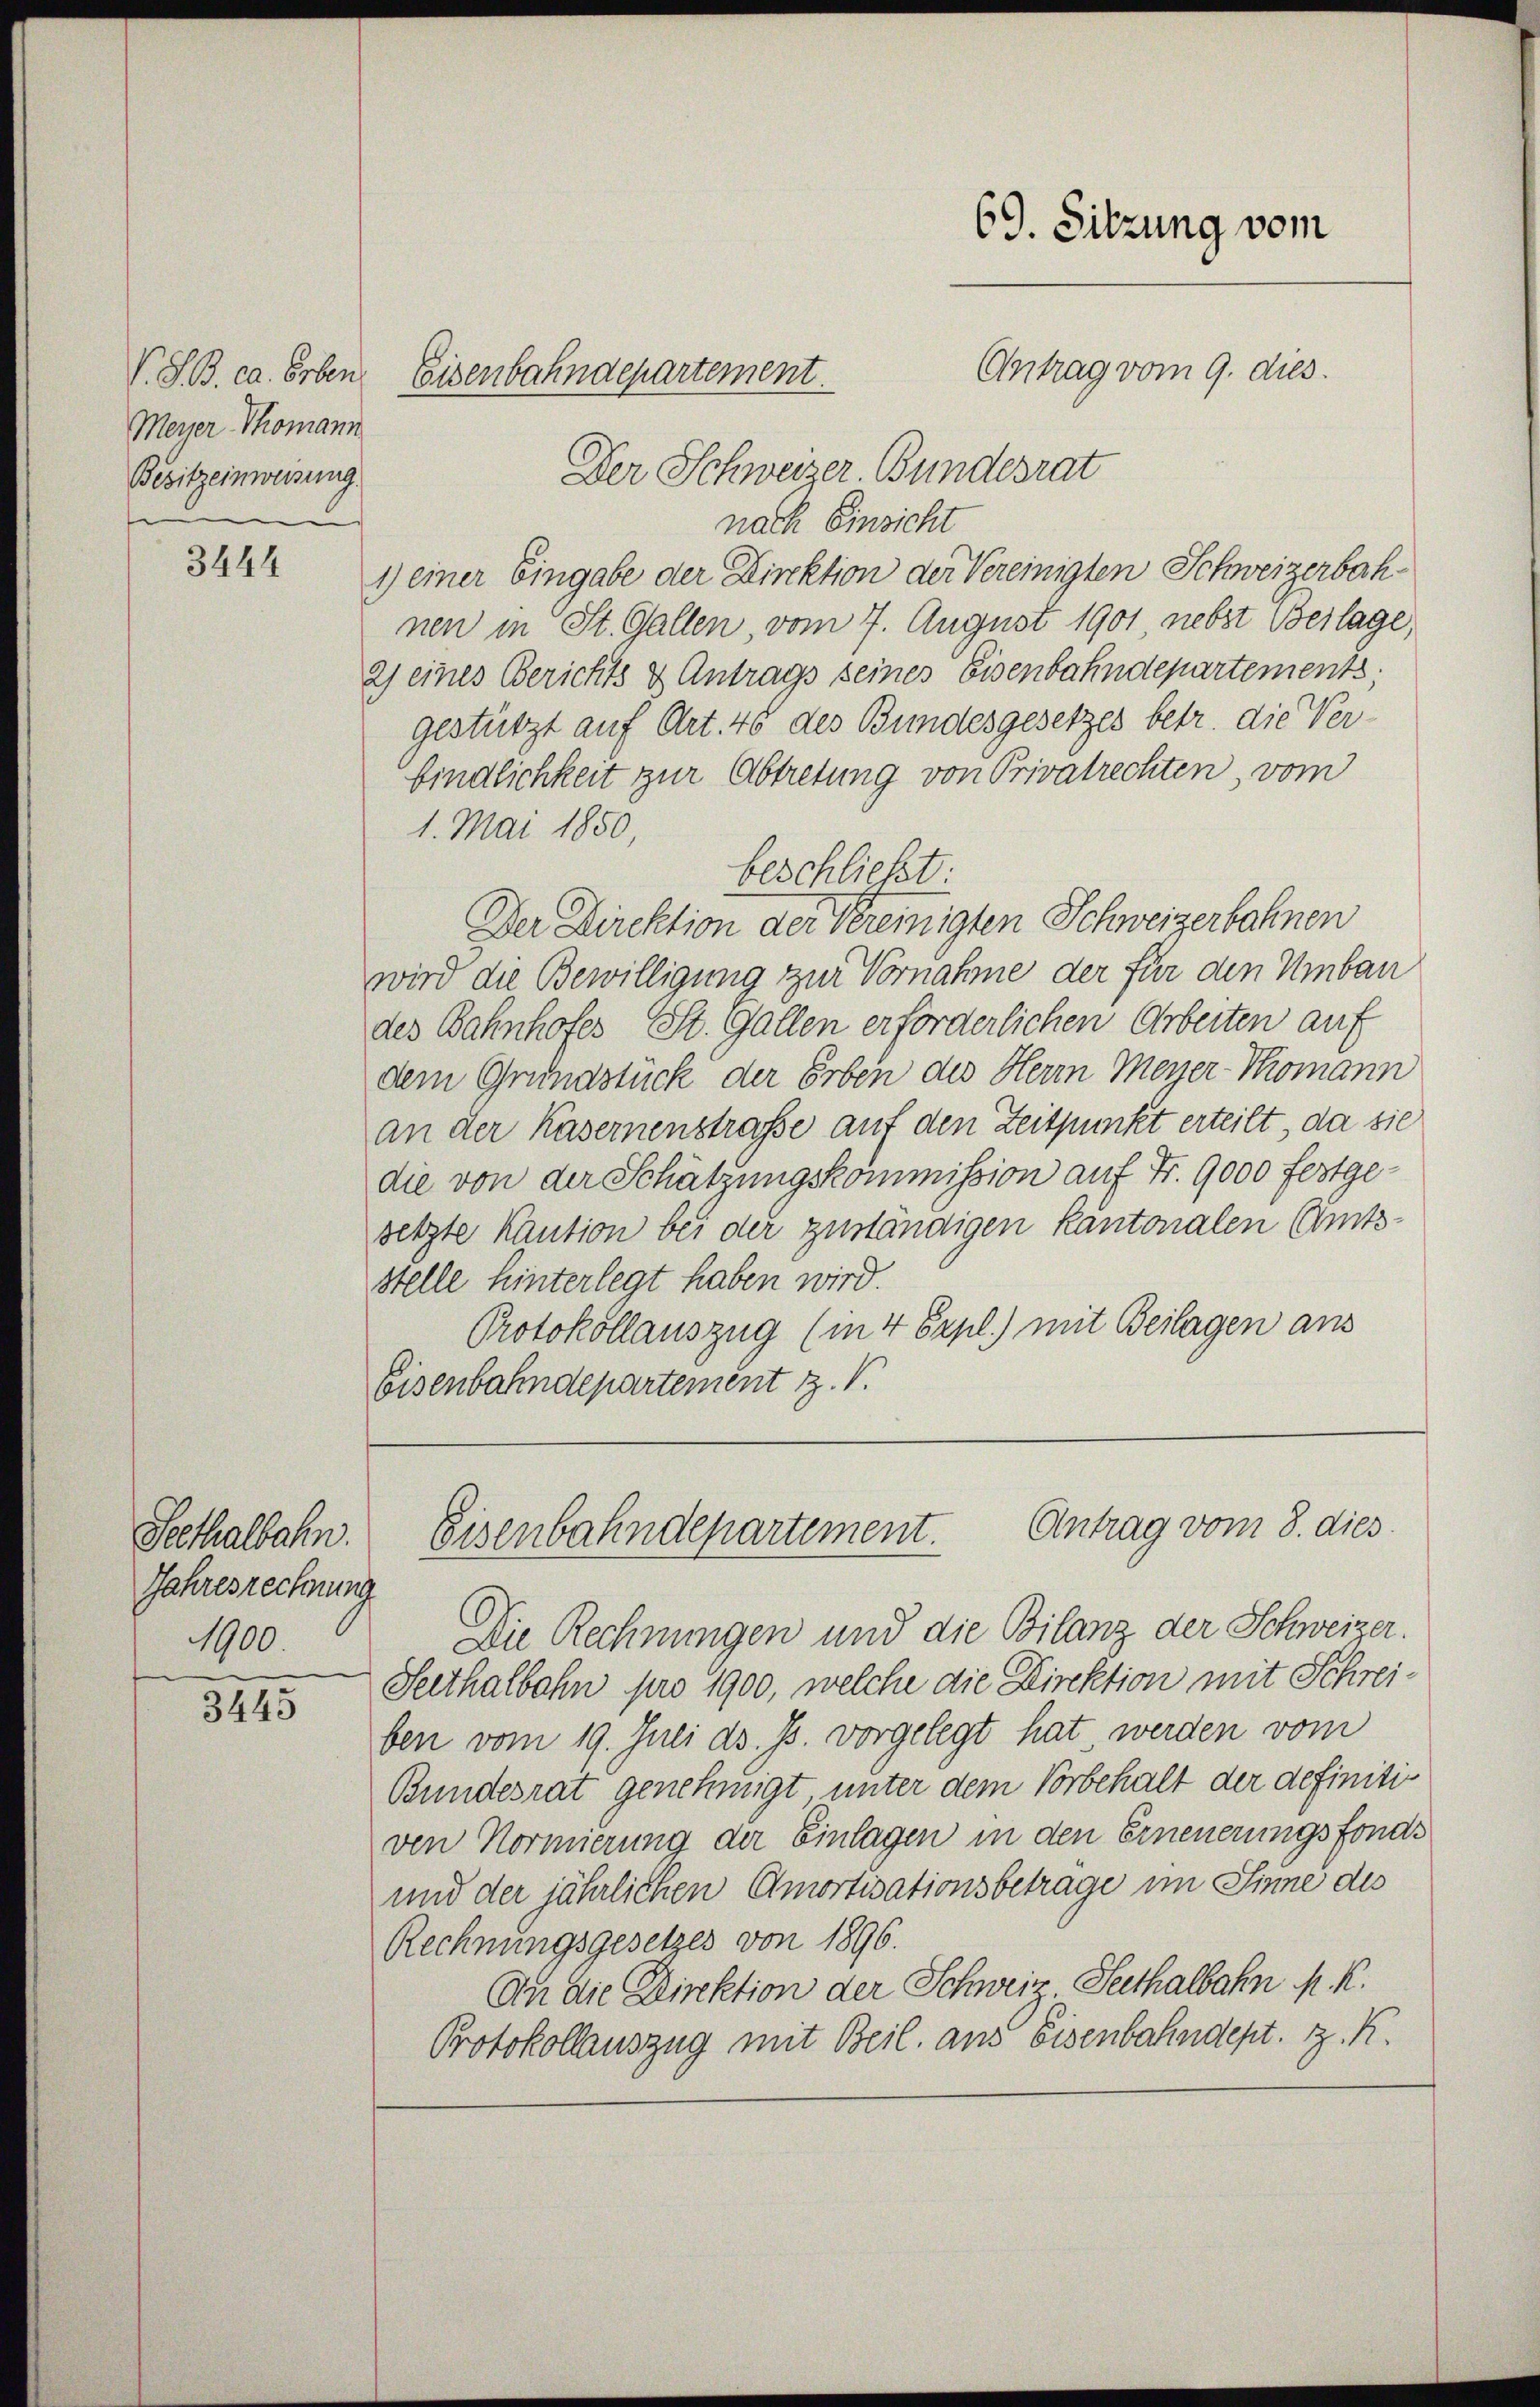
Meyer-Thomann
Besitzeinweisung.

3444

Seethalbahn.
Jahresrechnung
1900.

3445

Der Schweizer. Bundesrat
nach Einsicht
1) einer Eingabe der Direktion der Vereinigten Schweizerbachnen in St. Gallen vom 7. August 1901, nebst Beilage,
2) eines Berichts & Antrags seines Eisenbahndepartements
gestützt auf Art. 46 des Bundesgesetzes betr. die Ver-
bindlichkeit zur Abtretung von Privatrechten, vom
1. Mai 1850
beschließt.
Der Direktion der Vereinigten Schweizerbahnen
wird die Bewilligung zur Vornahme der für den Umbau
des Bahnhofes, St. Gallen erforderlichen Arbeiten auf
dem Grundstück der Erben des Herrn Meyer-Thomann
an der Kasernenstraße auf den Zeitpunkt erteilt, da sie
die von der Schätzungskommission auf Fr. 9000 festgesetzte Kaution bei der zuständigen Kantonalen Amtsstelle hinterlegt haben wird.
Protokollauszug (in 4 Expl.) mit Beilagen aus
Eisenbahndepartement z. B.

69. Sitzung vom
Antrag vom 9. dies.
V.S.B. ca. Erben, Eisenbahndepartement.

Die Rechnungen und die Bilanz der Schweizer.
Seethalbahn pro 1900, welche die Direktion mit Schreiben vom 19. Juli d. Js. vorgelegt hat, werden vom
Bundesrat genehmigt, unter dem Vorbehalt der definitiven Normierung der Einlagen in den Erneuerungsfonds
und der jährlichen Amortisationsbetrage im Sinne des
Rechnungsgesetzes von 1896.
An die Direktion der Schweiz. Seethalbahn K. K.

Antrag vom 8. dies
Eisenbahndepartement.

Protokollauszug mit Beil. aus Eisenbahndept. z. K.